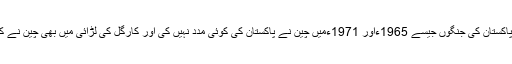
حقیقت یہ ہے کہ پاکستان کی جنگوں جیسے 1965ءاور 1971ءمیں چین نے پاکستان کی کوئی مدد نہیں کی اور کارگل کی لڑائی میں بھی چین نے کوئی مدد نہیں کی۔